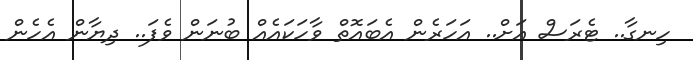
ހިނގާ.. ޓެރަސް އަށް.. އަހަރެން އެބައޮތް ވާހަކައެއް ބުނަން ވެފަ.. ދިޔާން އެހެން